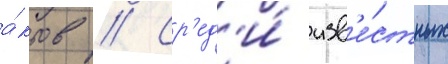
а́ктов // Ср'ед'и́ изв'е́стных